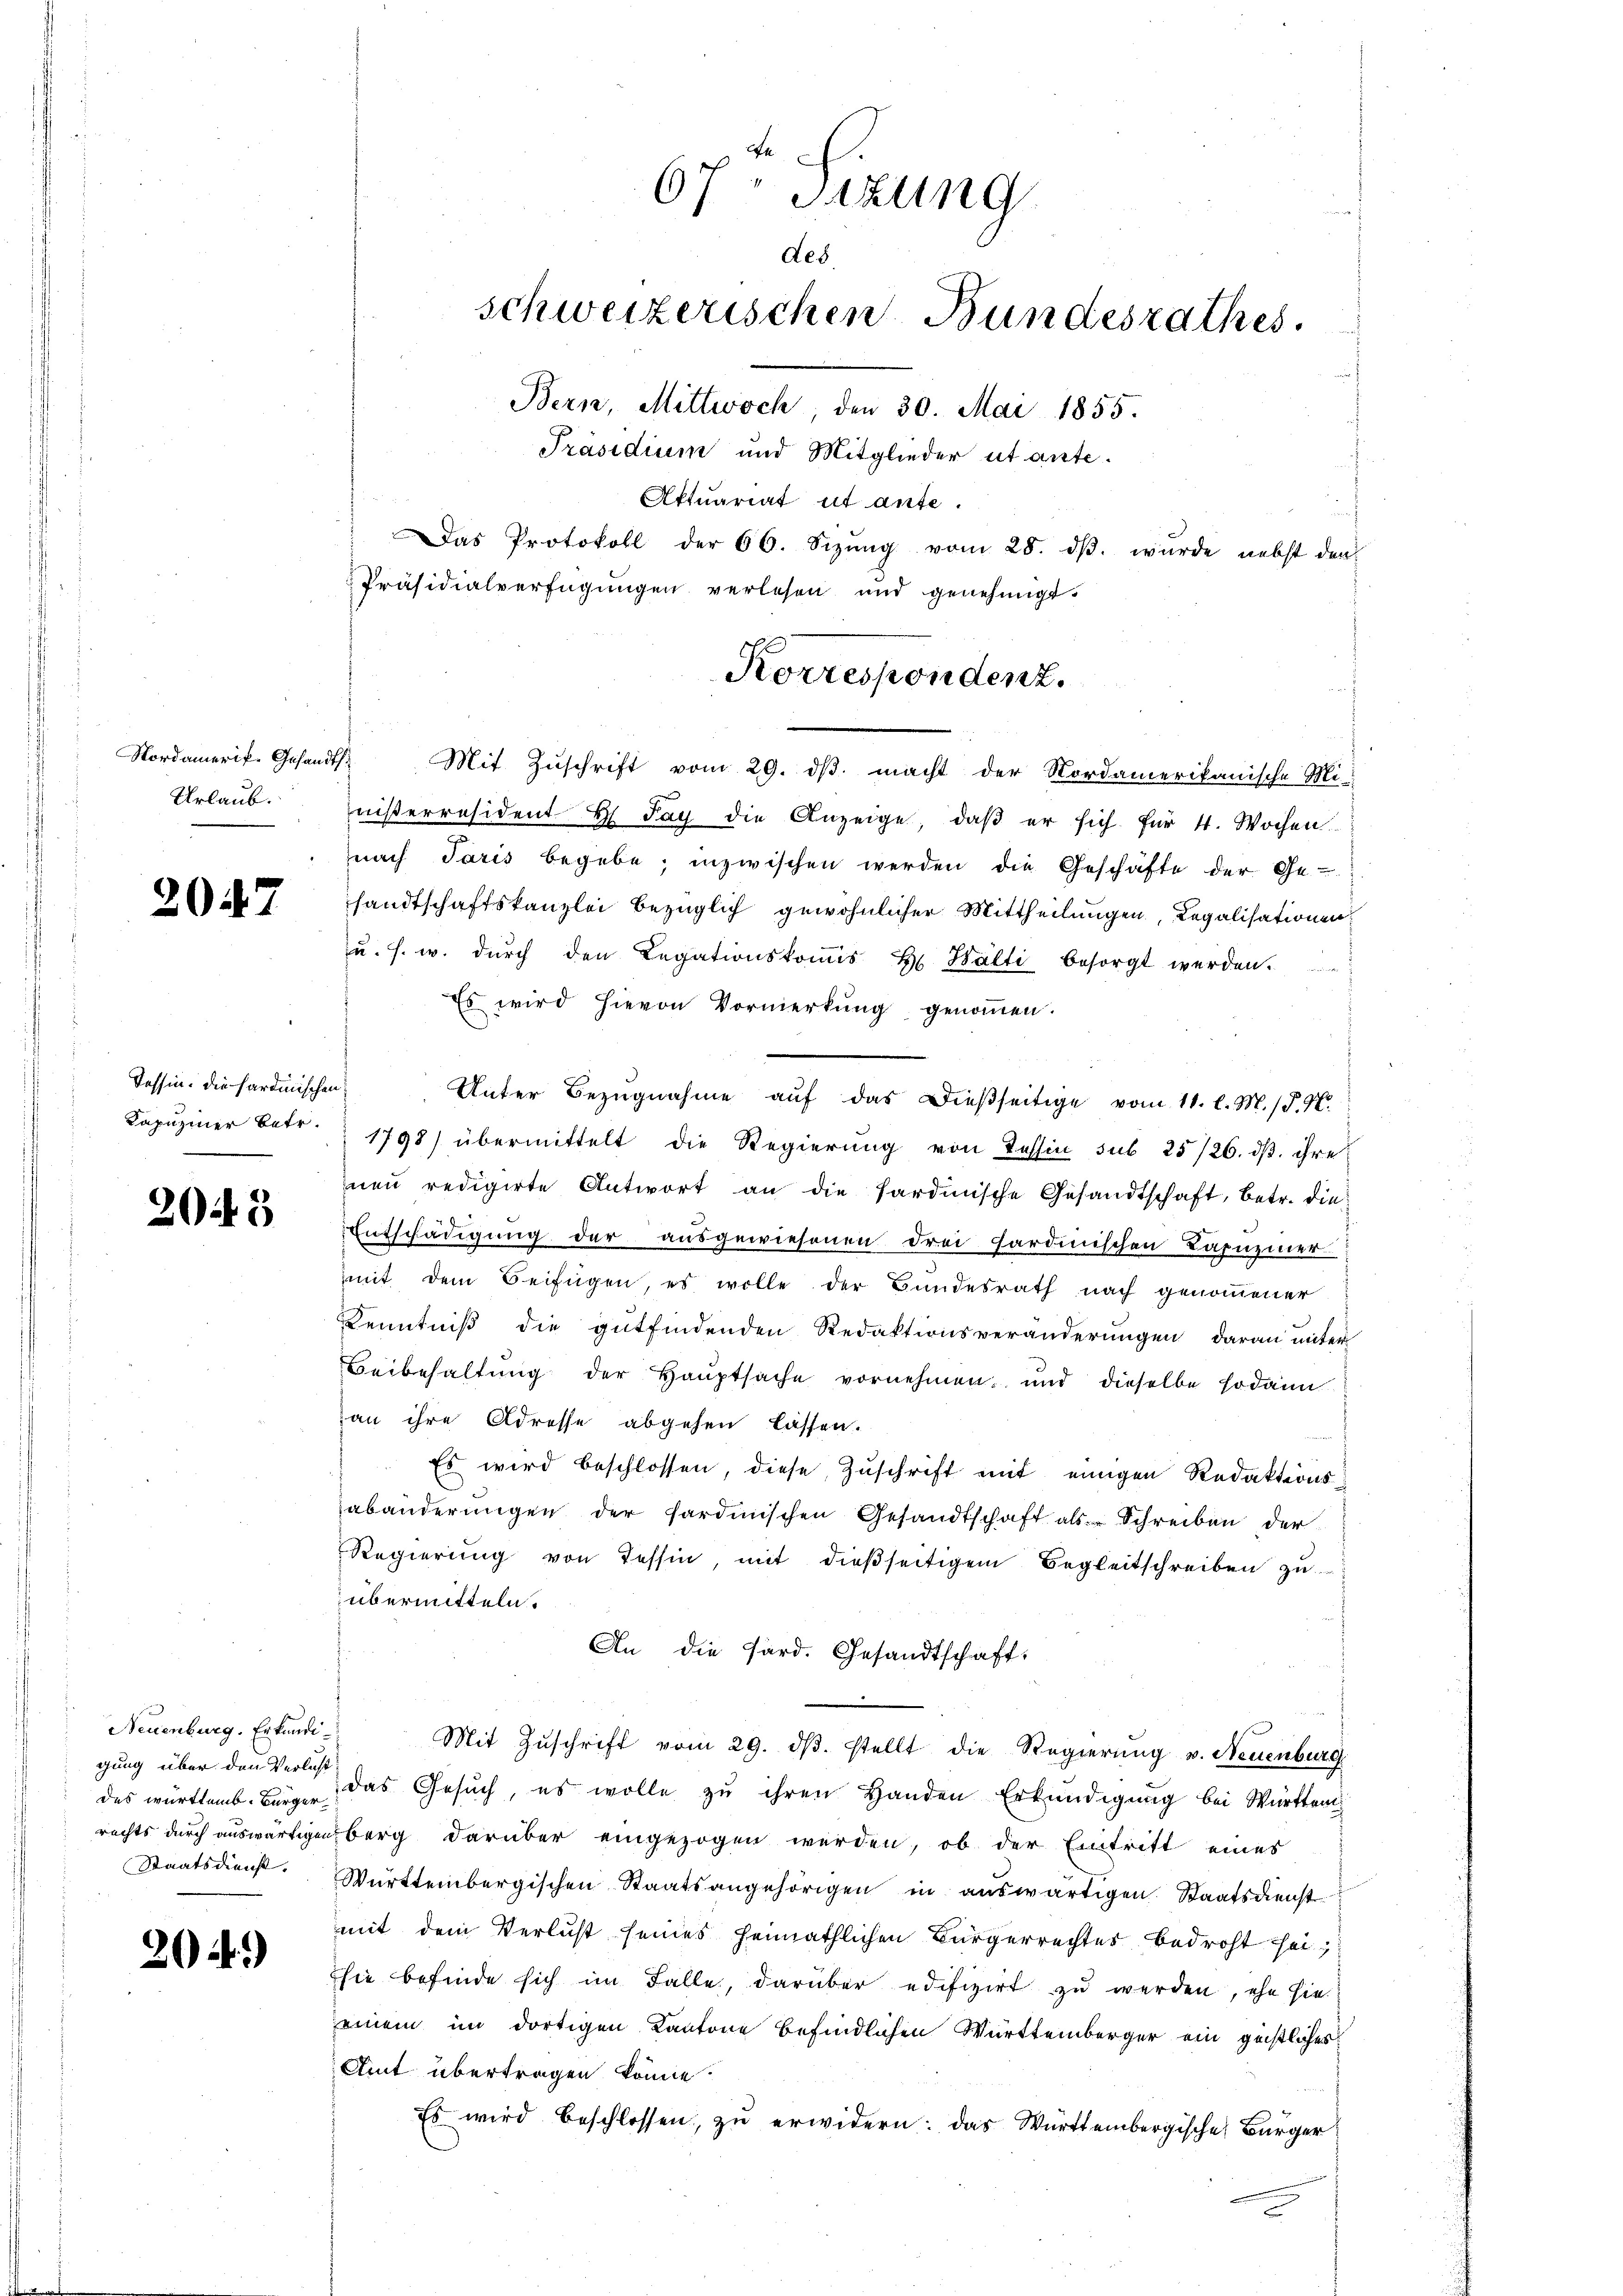
Nordamerik- Gesandt
Urlaub.

2047

Tessin. Die Sardinischen
Kapuziner betr.

205

Neuenburg. Erkundigung über den Verlust
des württemb. Bürger
rechts durch auswärtigen
Staatsdienst.

204.)

67 Sitzung
deb
schweizerischen Bundesrathes.
Bern, Mittwoch, den 30. Mai 1855.
Präsidium und Mitglieder ut ante¬
Aktuariat et aufe.
Das Protokoll der 66. Sizŭng vom 28. dβ. wurde nebst den
Präsidialverfügungen verlesen und genehmigt.

Mit Zŭschrift vom 29. dβ macht der Nordamerikanische Mi-
niserräsident H. Tag die Anzeige, daβ er sich für 4. Wochen.
nach Paris begebe, inzwischen werden die Geschäfte der Ge-
sandtschaftskanzlei bezüglich gewöhnlicher Mittheilungen, Legalisationen
u. s. w. dŭrch den Legationskoṁish Wälti besorgt werden.
Es wird hievon Vormerkung genommen.
Unter Bezugnahme auf das dießseitige vom 11. l. M. P. M.
1798) übermittelt die Regierung von Tessin sub 25/26. dß. ihre
nen redigirte Antwort an die Sardinische Gesandtschaft, betr. die
Entschädigung der ausgewiesenen drei sardinischen Lapnemer
mit dem Beifügen, es wolle der Bundesrath nach genommener
Kenntniß die gutfindenden Redaktionsveränderungen daran unter
Beibehaltung der Hauptsache vornehmen, und dieselbe sodann
an ihre Adresse abgehen lassen.
Es wird beschlossen, diese Zuschrift mit einigen Redaktionsabänderungen der Sardinischen Gesandtschaft als Schreiben der
Regierŭng von Tessin, mit dießseitigem Begleitschreiben zu
übermitteln.
An die Pard. Gesandtschaft.
Mit Zŭschrift vom 29. dβ. stellt die Regierung v. Neuenburg
das Gesuch, es wolle zu ihren Handen Erkundigung bei Württem
berg darüber eingezogen werden, ob der Eintritt eines
Württembergischen Staatsangehörigen in auswärtigen Staatsdienst
mit dem Verlust seines heimathlichen Bürgerrechter bedroht sei;
sie befinde sich im Falle, darüber edifizirt zu werden, ehe sie
einem im dortigen Kantone befindlichen Württemberger ein geistliches
Amt übertragen könne?
Es wird beschlossen, zu erwidern: das Württembergische Bürger

Korrespondenz.